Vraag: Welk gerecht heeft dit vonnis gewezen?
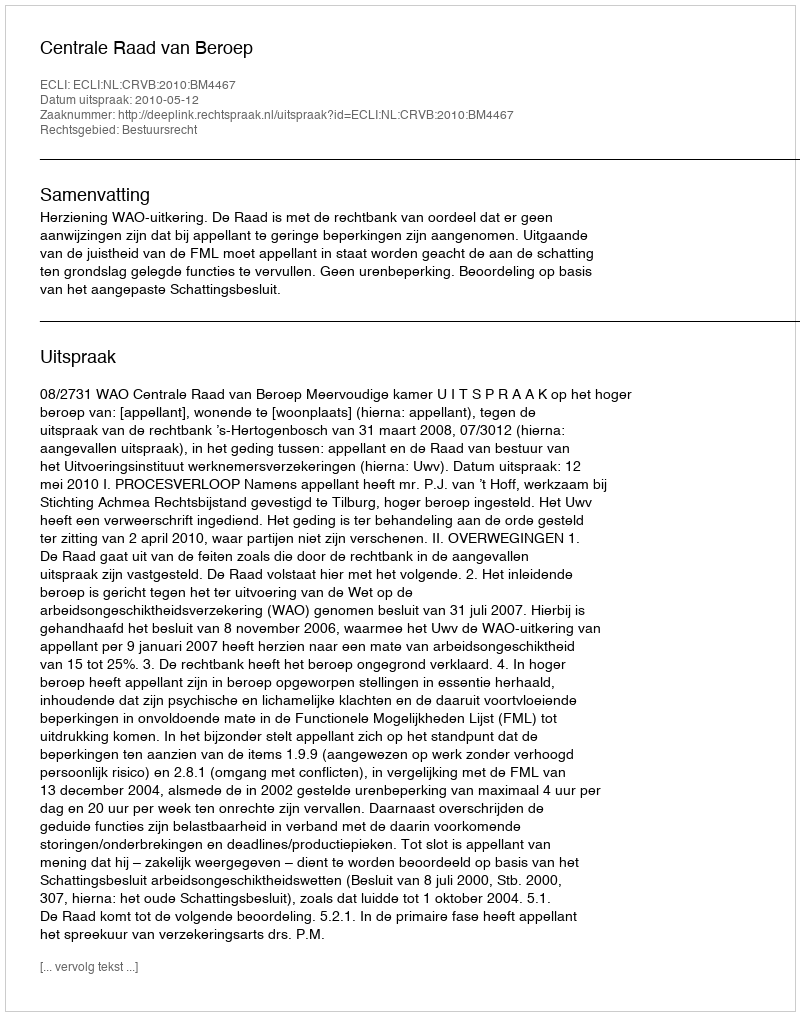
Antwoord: Centrale Raad van Beroep